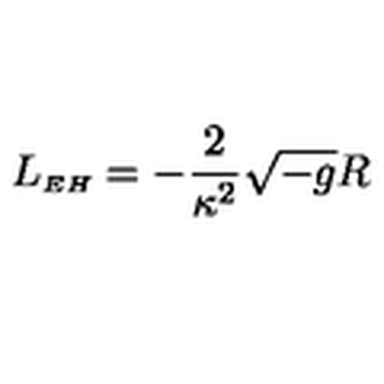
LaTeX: L _ { { \scriptscriptstyle E H } } = - \frac { 2 } { \kappa ^ { 2 } } \sqrt { - g } R